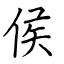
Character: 侯